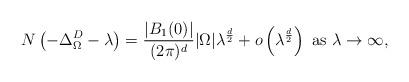
LaTeX: \begin{align*} N\left(- \Delta^D_\Omega - \lambda\right) = \frac{|B_1(0)|}{(2\pi)^d} |\Omega|\lambda^\frac{d}{2} + o\left(\lambda^\frac{d}{2}\right) \mathrm{\ as\ } \lambda \rightarrow \infty,\end{align*}